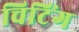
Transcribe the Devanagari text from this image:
चिटिंग